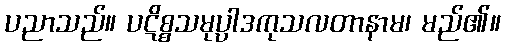
ပညာသည်။ ပဋိစ္စသမုပ္ပါဒကုသလတာနာမ၊ မည်၏။